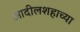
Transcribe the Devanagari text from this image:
आदीलशहाच्या